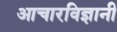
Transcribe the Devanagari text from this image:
आचारविज्ञानी